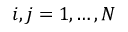
i , j = 1 , \ldots , N